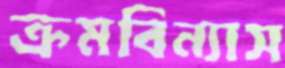
ক্রমবিন্যাস